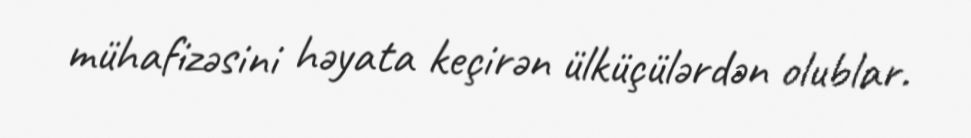
mühafizəsini həyata keçirən ülküçülərdən olublar.